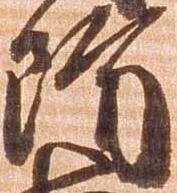
防